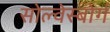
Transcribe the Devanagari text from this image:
सोल्वेस्बोर्ग